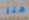
هنا